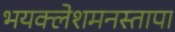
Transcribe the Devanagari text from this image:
भयक्लेशमनस्तापा